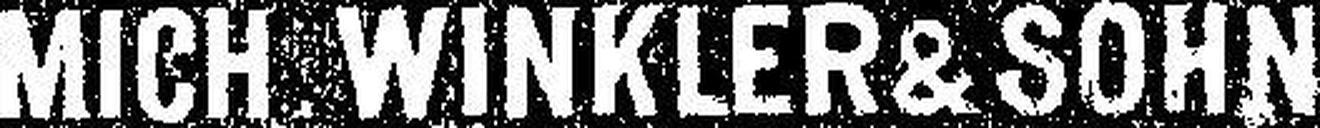
MICH WINKLER & SOHN